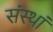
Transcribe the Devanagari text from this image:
संस्थां